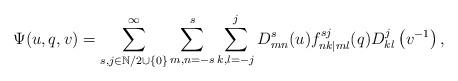
LaTeX: \begin{align*}\Psi(u,q,v)=\sum\limits^{\infty}_{s,j\in \mathbb{N}/2\cup\{0\}}\sum\limits^{s}_{m,n=-s}\sum\limits^{j}_{k,l=-j}D^{s}_{mn}(u)f^{sj}_{nk|ml}(q)D^{j}_{kl}\left(v^{-1}\right),\end{align*}